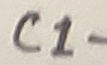
Text: C1-